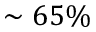
\sim 6 5 \%